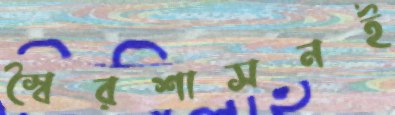
স্বৈরশাসনই